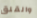
والقلق